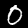
Label: 0